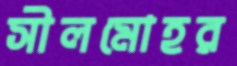
সীলমোহর